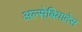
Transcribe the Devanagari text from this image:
अल्सेबियादेस